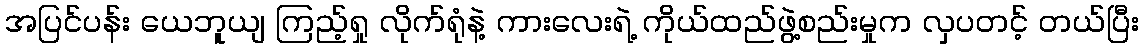
အပြင်ပန်း ယေဘူယျ ကြည့်ရှု လိုက်ရုံနဲ့ ကားလေးရဲ့ ကိုယ်ထည်ဖွဲ့စည်းမှုက လှပတင့် တယ်ပြီး